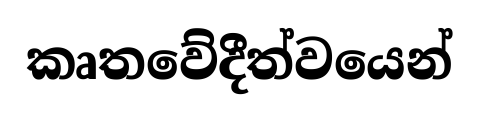
කෘතවේදීත්වයෙන්